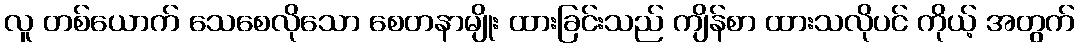
လူ တစ်ယောက် သေစေလိုသော စေတနာမျိုး ထားခြင်းသည် ကျိန်စာ ထားသလိုပင် ကိုယ့် အတွက်